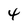
Character: 4